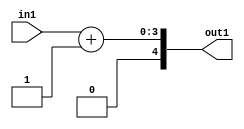
`timescale 1ps / 1ps
/*****************************************************************************
    Verilog RTL Description
    
    
    Created by: Stratus DpOpt 2019.1.01 
*******************************************************************************/

module dut_Add2i1u3_1 (
	in1,
	out1
	); /* architecture "behavioural" */ 
input [2:0] in1;
output [4:0] out1;
wire [4:0] asc001;

assign asc001 = 
	+(in1)
	+(5'B00001);

assign out1 = asc001;
endmodule

/* CADENCE  urbySgs= : u9/ySgnWtBlWxVPRXgAZ4Og= ** DO NOT EDIT THIS LINE ******/